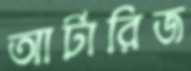
আর্টারিজ